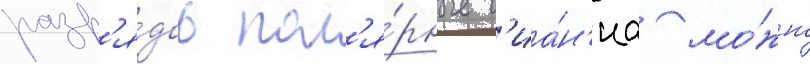
разр'я́дов пол'я́рные с'иа́н'иа мо́жно